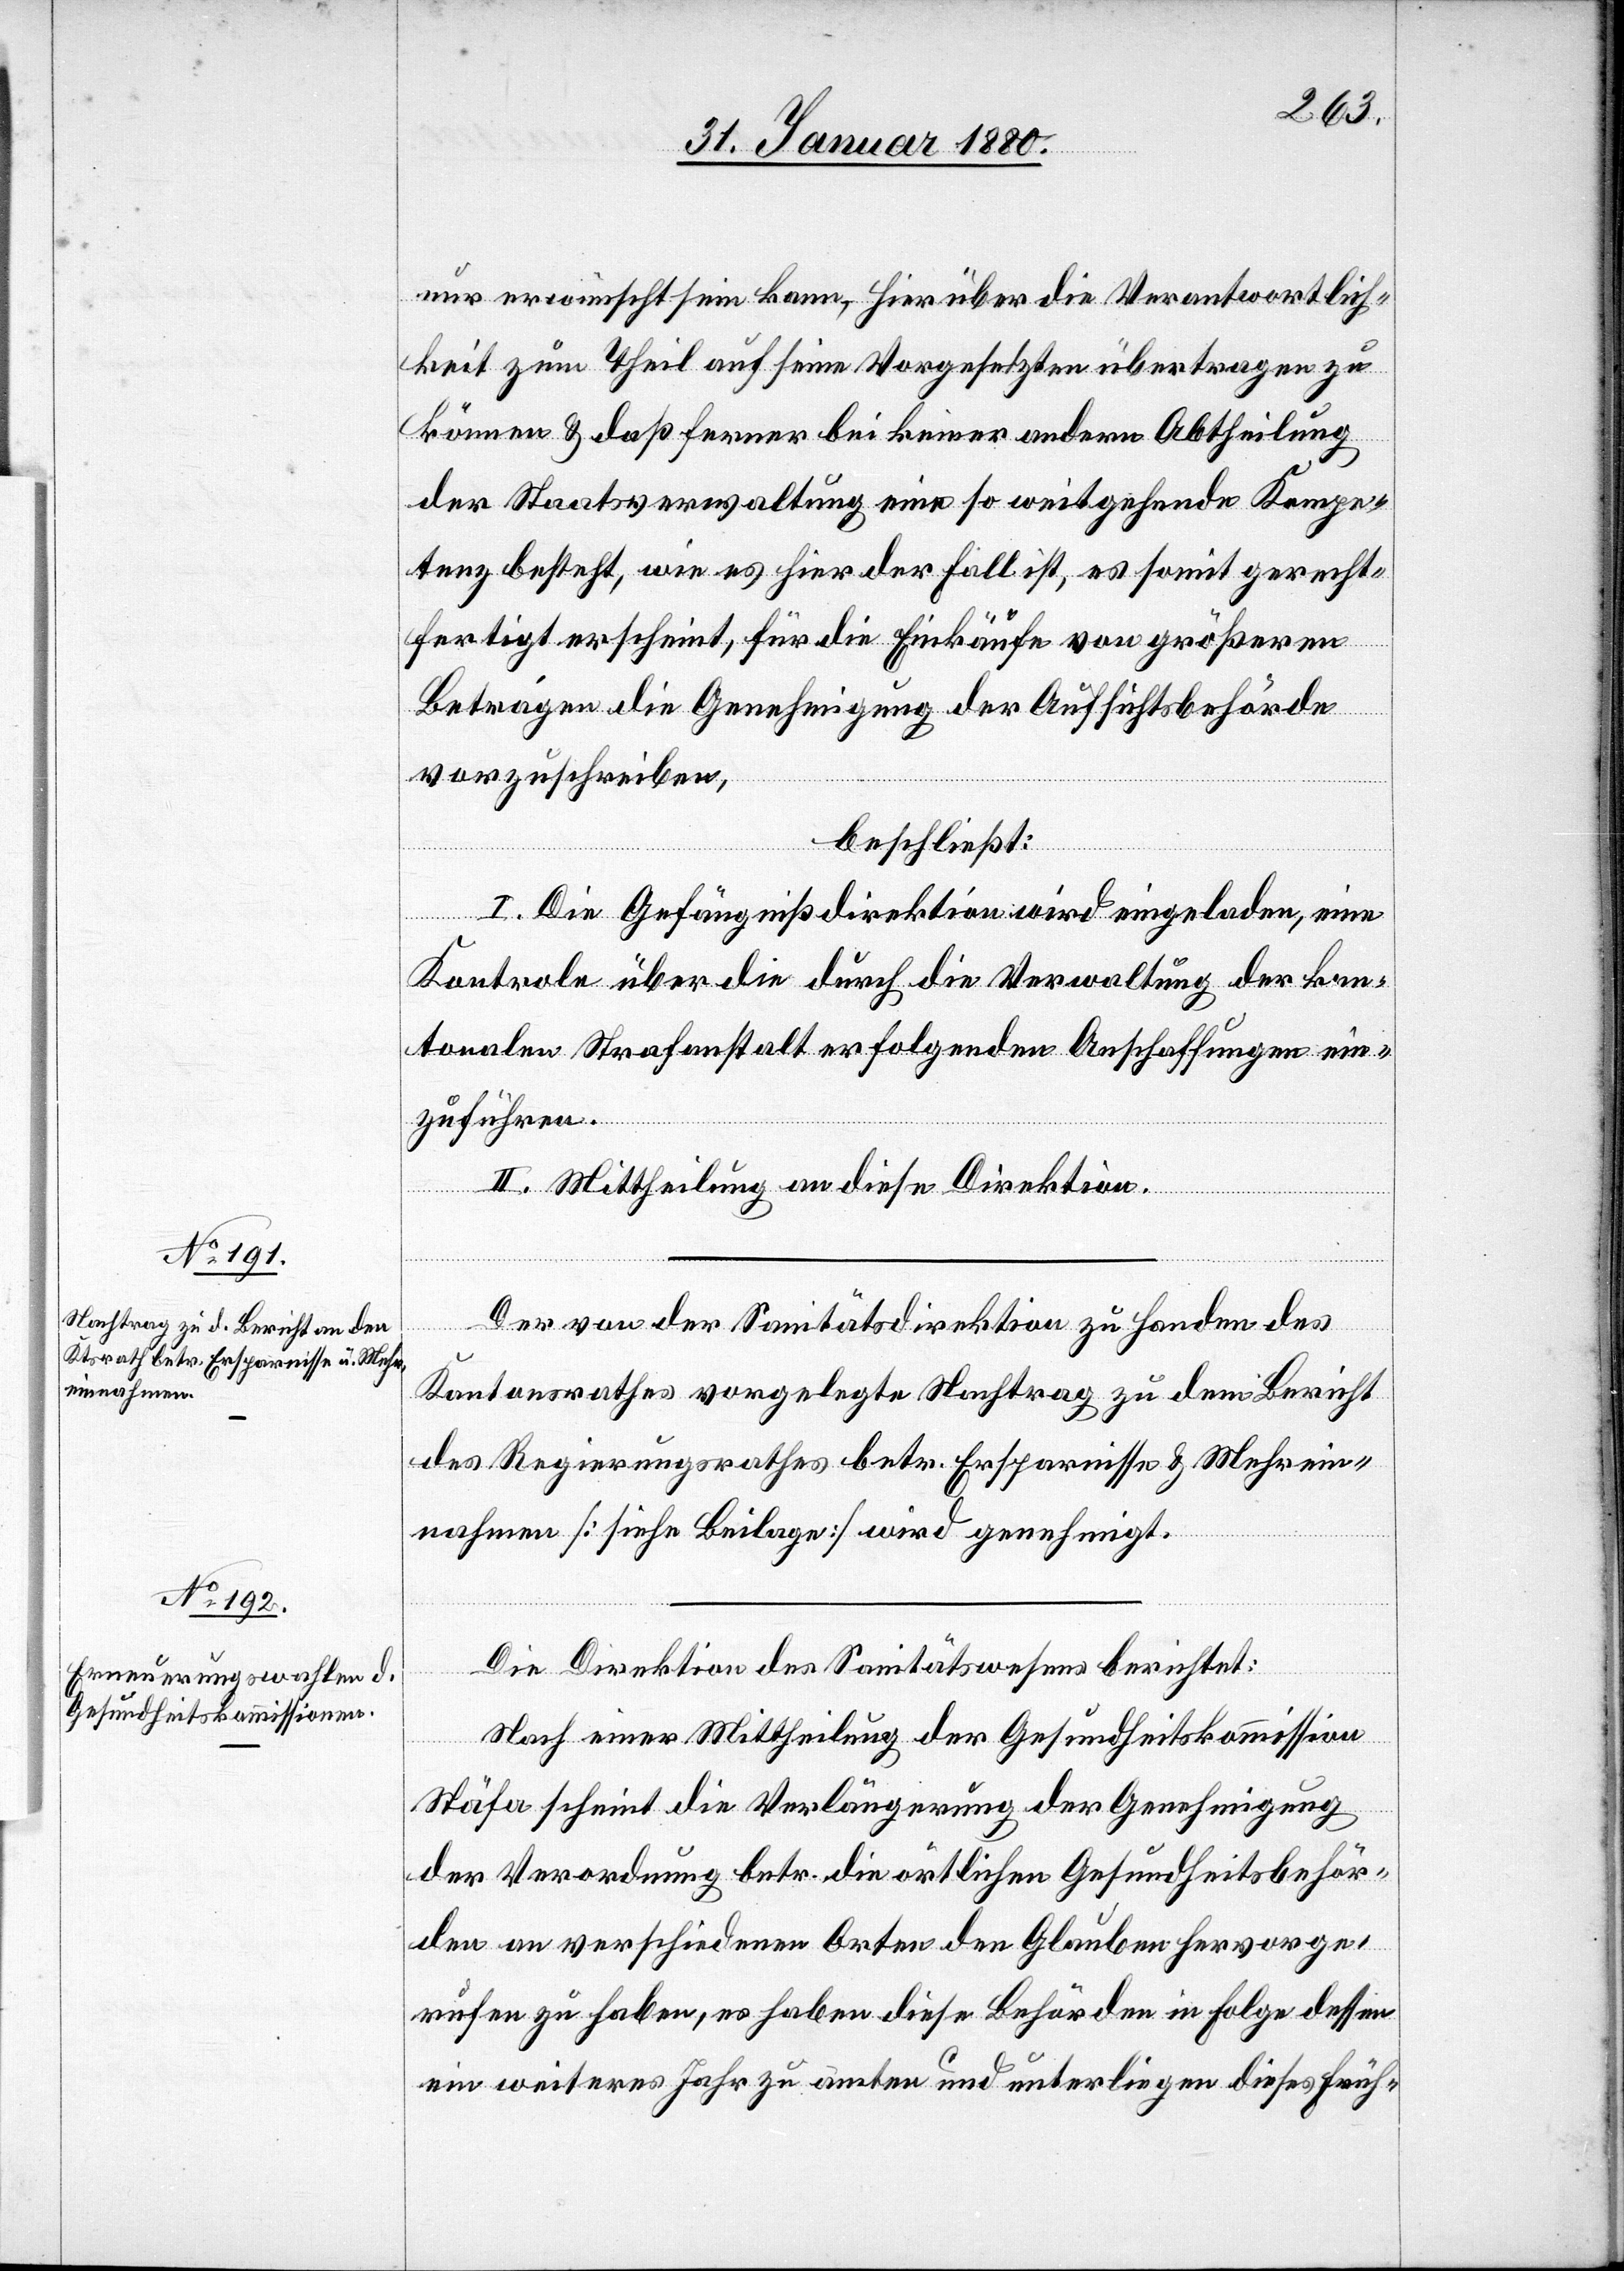
nur erwünscht sein kann, hierüber die Verantwortlich¬
keit zum Theil auf seine Vorgesetzten übertragen zu
können & daß ferner bei keiner andern Abtheilung
des Staatsverwaltung eine so weitgehende Kompe¬
tenz besteht, wie es hier der Fall ist, es somit gerecht¬
fertigt erscheint, für die Einkäufe von größeren
Beträgen die Genehmigung der Aufsichtsbehörde
vorzuschreiben,
beschließt:
I. Die Gefängnißdirektion wird eingeladen, eine
Kontrole über die durch die Verwaltung der kan¬
tonalen Strafanstalt erfolgenden Anschaffungen ein¬
zuführen.
II. Mittheilung an diese Direktion.
Der von der Sanitätsdirektion zu Handen des
Kantonsrathes vorgelegte Nachtrag zu dem Bericht
des Regierungsrathes betr. Ersparnisse & Mehrein¬
nahmen [siehe Beilage] wird genehmigt.
Die Direktion des Sanitätswesens berichtet:
Nach einer Mittheilung der Gesundheitskommission
Stäfa scheint die Verlängerung der Genehmigung
der Verordnung betr. die örtlichen Gesundheitsbehör¬
den an verschiedenen Orten den Glauben hervorge¬
rufen zu haben, es haben diese Behörden in Folge dessen
ein weiteres Jahr zu amten und unterliegen dieses Früh-